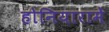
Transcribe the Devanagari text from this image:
होनियारामें